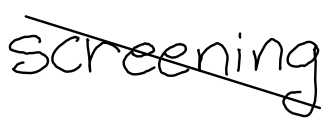
Text: screening
Cross-out: diagonal
Writing tool: digital_black